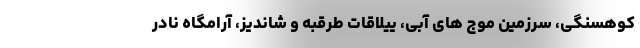
کوهسنگی، سرزمین موج های آبی، ییلاقات طرقبه و شاندیز، آرامگاه نادر